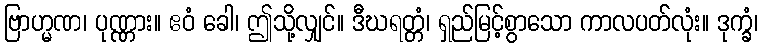
ဗြာဟ္မဏ၊ ပုဏ္ဏား။ ဧဝံ ခေါ၊ ဤသို့လျှင်။ ဒီဃရတ္တံ၊ ရှည်မြင့်စွာသော ကာလပတ်လုံး။ ဒုက္ခံ၊